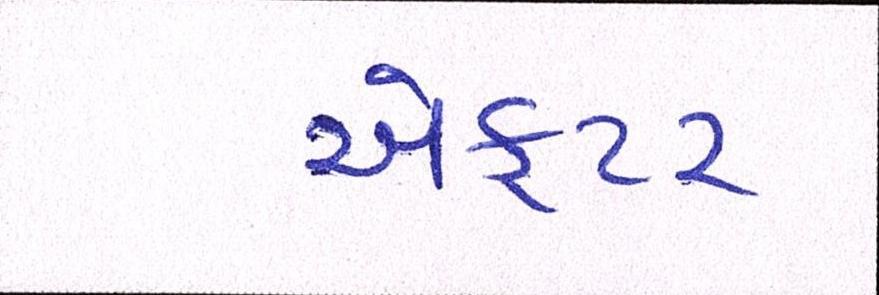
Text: એકટર